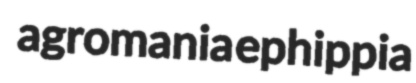
agromania ephippia